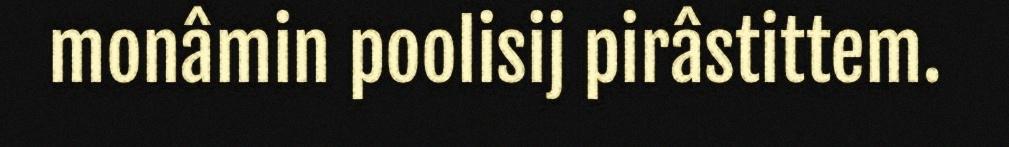
monâmin poolisij pirâstittem.